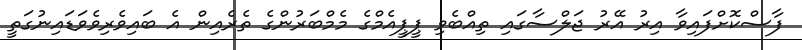
ފާސްކޮށްފައިވާ އިރު އޭރު ޖަލްސާގައި ތިއްބެވި ޕީޕީއެމްގެ މެމްބަރުންގެ ތެރެއިން އެ ބައިވެރިވެވަޑައިނުގަތީ